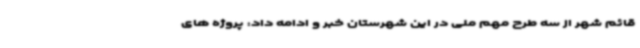
قائم شهر از سه طرح مهم ملی در این شهرستان خبر و ادامه داد: پروژه های